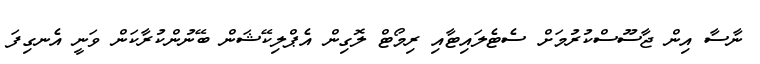
ނާސާ އިން ޖާސޫސްކުރުމަށް ސެޓެލައިޓާއި ރިމޯޓް ލޮގިން އެޕްލިކޭޝަން ބޭނުންކުރާކަން ވަނީ އެނގިފަ